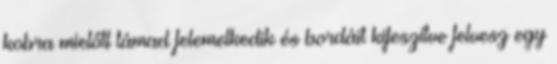
kobra mielőtt támad felemelkedik és bordáit kifeszítve felvesz egy